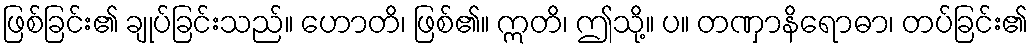
ဖြစ်ခြင်း၏ ချုပ်ခြင်းသည်။ ဟောတိ၊ ဖြစ်၏။ ဣတိ၊ ဤသို့။ ပ။ တဏှာနိရောဓာ၊ တပ်ခြင်း၏